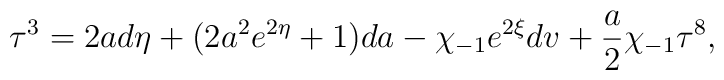
{\bf\tau}^3=2ad\eta +(2a^2e^{2\eta} +1 )da-\chi_{-1}e^{2\xi}dv+\frac{a}{2}\chi_{-1}{\bf\tau}^8,